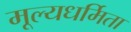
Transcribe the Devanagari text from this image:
मूल्यधर्मिता